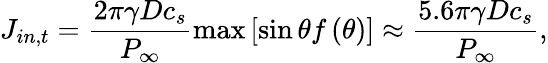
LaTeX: J_{in,t}=\frac{2\pi\gamma Dc_{s}}{P_{\infty}}\mathrm{max}\left[\sin\theta f\left(\theta\right)\right]\approx\frac{5.6\pi\gamma Dc_{s}}{P_{\infty}},